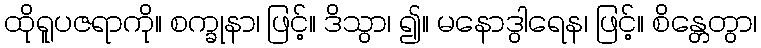
ထိုရူပဇရာကို။ စက္ခုနာ၊ ဖြင့်။ ဒိသွာ၊ ၍။ မနောဒွါရေန၊ ဖြင့်။ စိန္တေတွာ၊